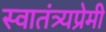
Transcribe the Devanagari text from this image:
स्वातंत्र्यप्रेमी